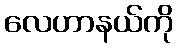
လေဟာနယ်ကို